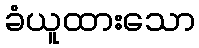
ခံယူထားသော